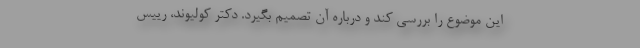
این موضوع را بررسی کند و درباره آن تصمیم بگیرد. دکتر کولیوند، رییس